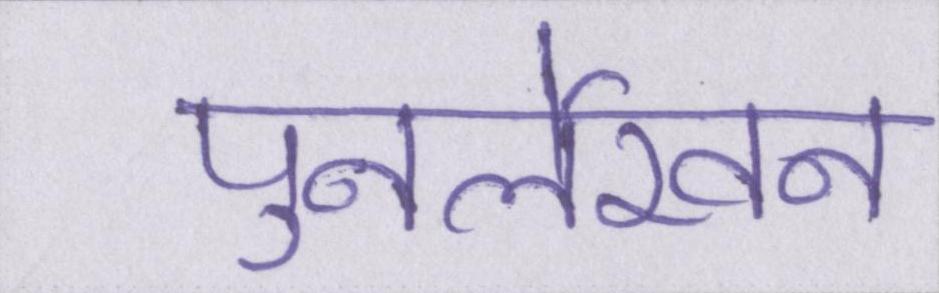
पुनर्लेखन